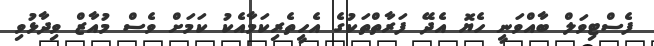
ފެސްޓިވަލް ބާއްވަނީ ހެޔޮ އެދޭ ފަރާތްތަކުގެ އެހީތެރިކަމާއެކު ކަމަށް ވެސް މުއާޒް ވިދާޅުވި